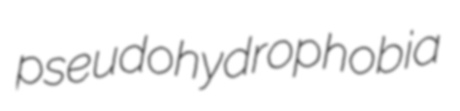
pseudohydrophobia